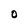
Character: 0